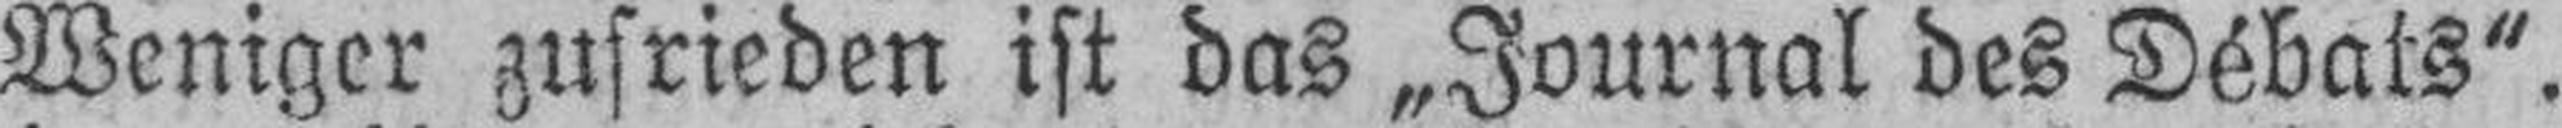
Weniger zufrieden ist das „Journal des Débats“.